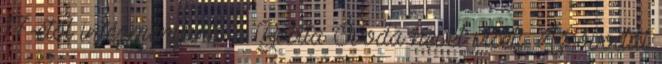
17-étől intézményünk a Bóbita Óvoda nevet viseli. Az óvodát